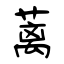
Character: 蓠